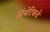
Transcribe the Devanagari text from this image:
सिंथेटिकचे